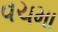
વચમા